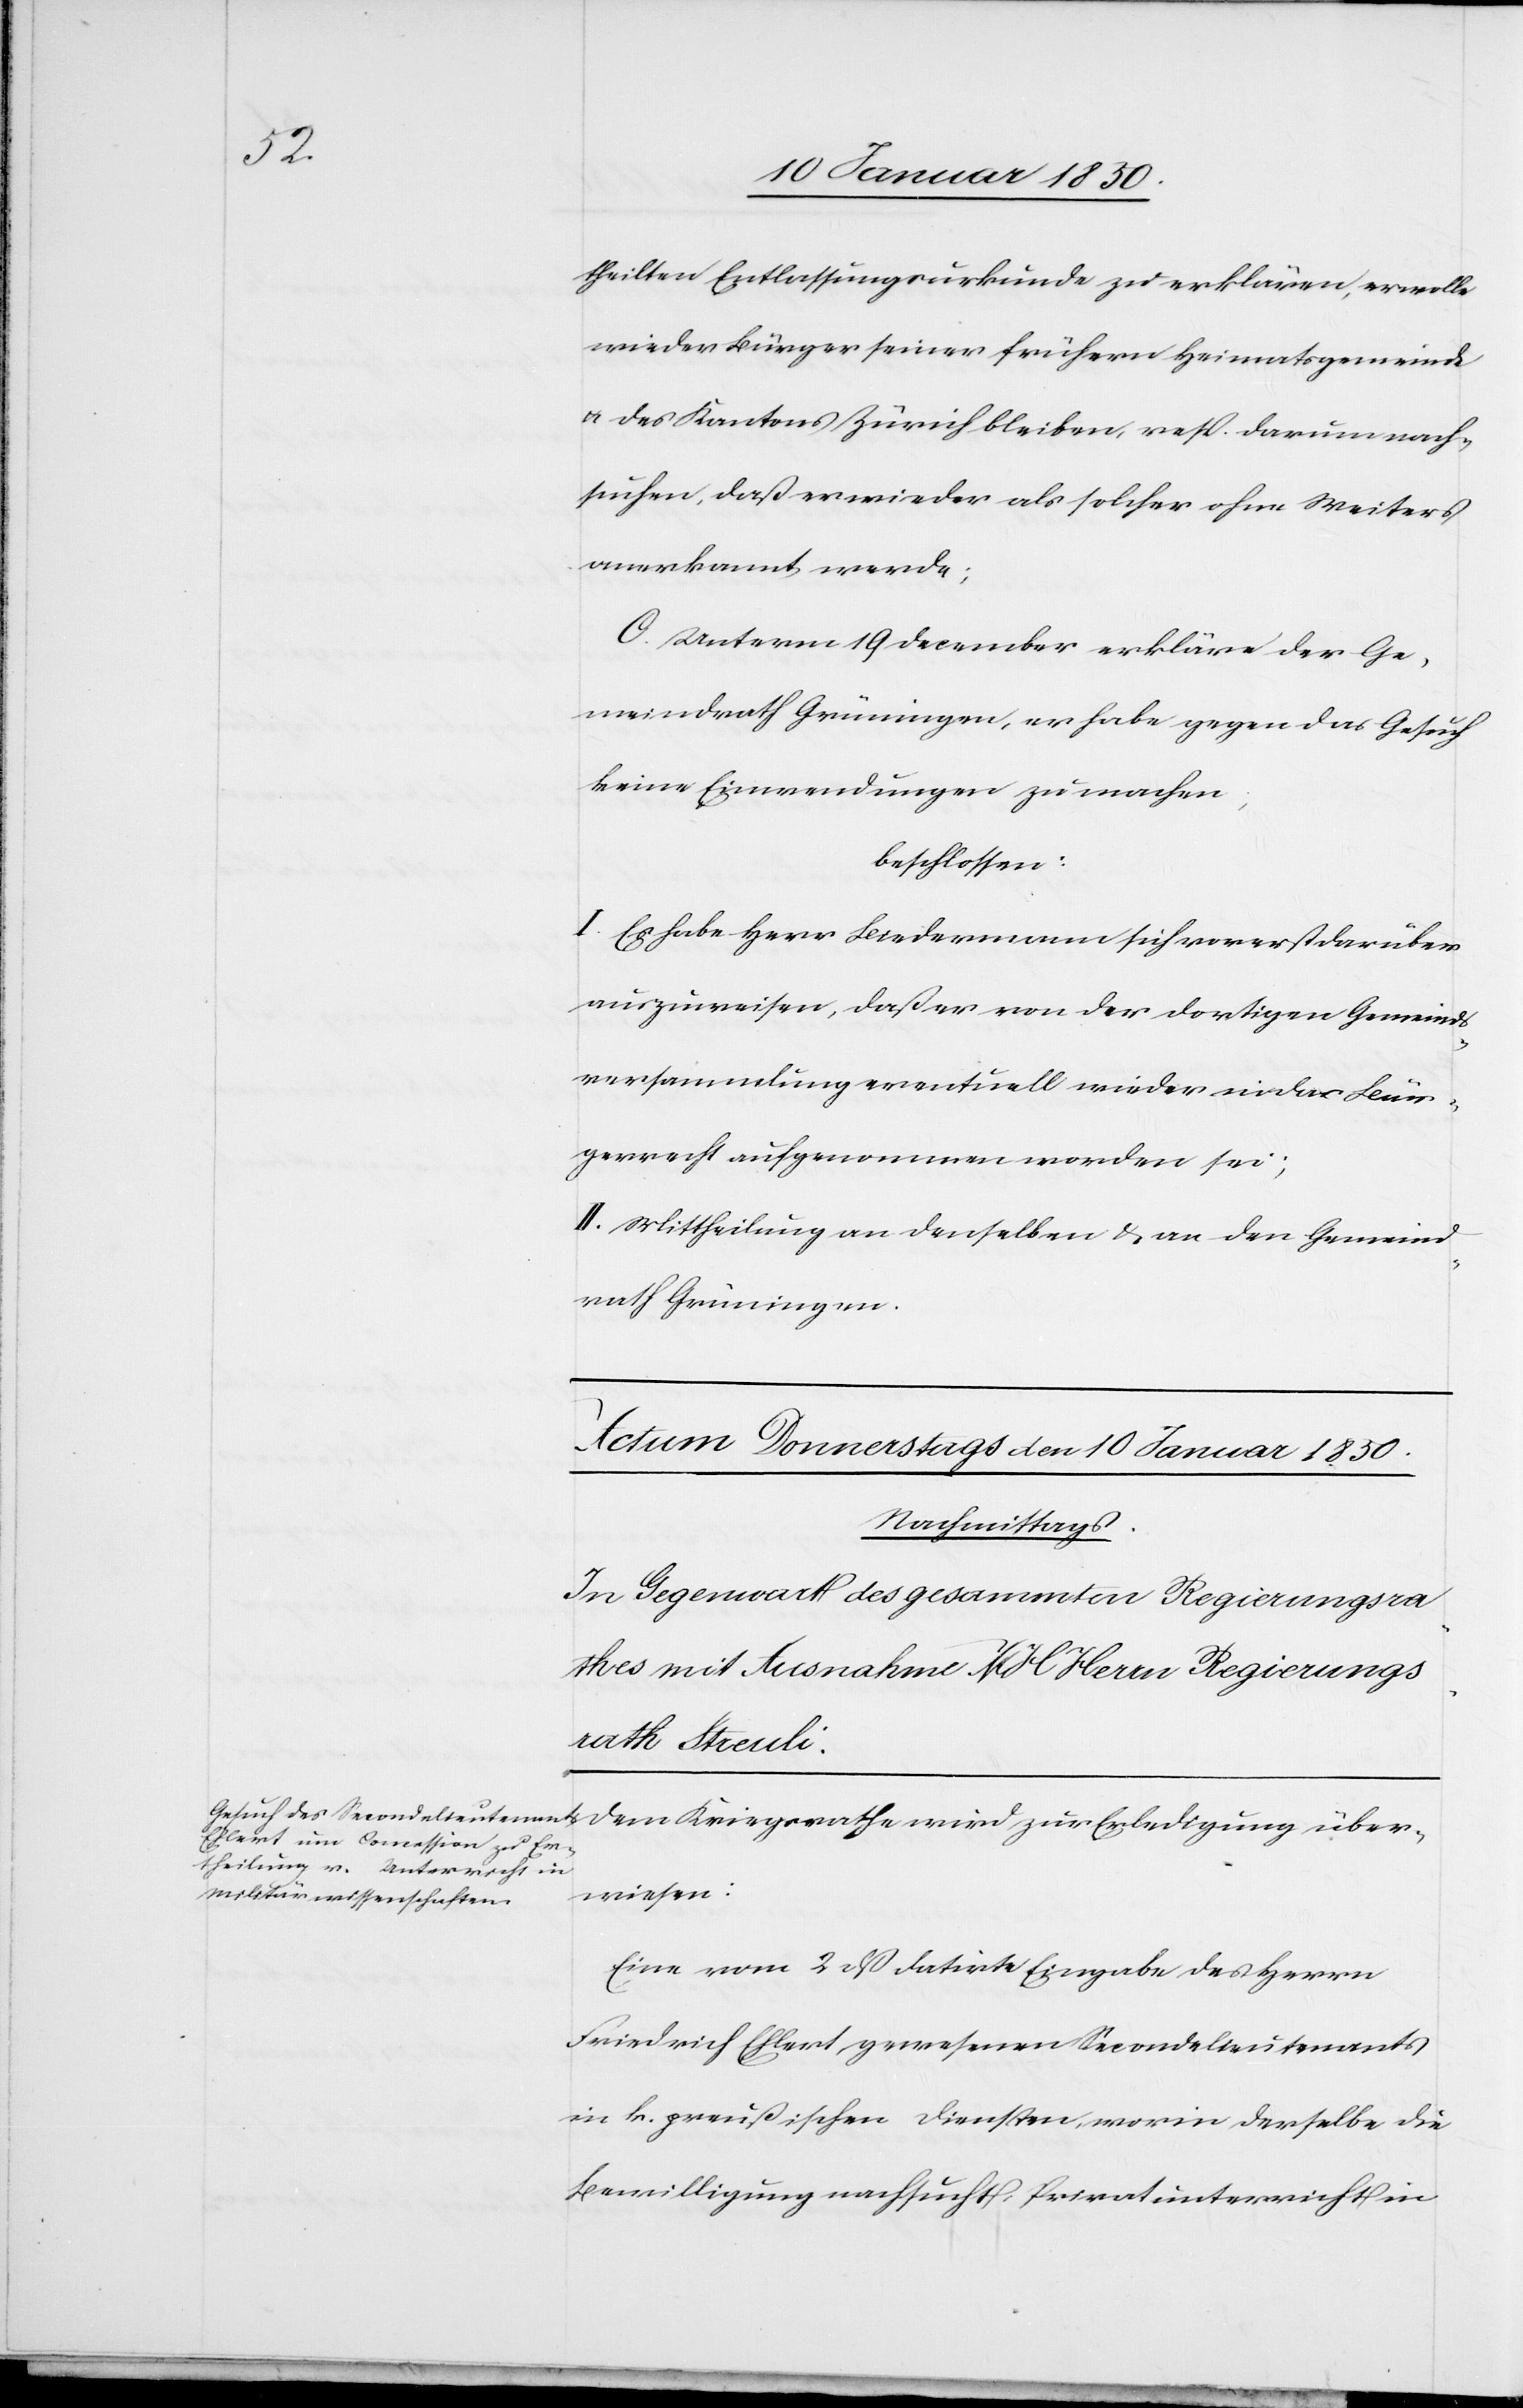
theilten Entlassungsurkunde zu erklären, er wolle
wieder Bürger seiner frühern Heimatsgemeinde
u. des Kantons Zürich bleiben, resp. darum nach¬
suchen, daß er wieder als solcher ohne Weiters
anerkannt werde;
C. Unterm 19 December erkläre der Ge¬
meindrath Grüningen, er habe gegen das Gesuch
keine Einwendungen zu machen,
beschlossen:
I. Es habe Herr Biedermann sich vorerst darüber
auszuweisen, daß er von der dortigen Gemeinds¬
versammlung eventuell wieder in das Bür¬
gerrecht aufgenommen worden sei;
II. Mittheilung an denselben u. an den Gemeind¬
rath Grüningen.
Eine vom 2 dß datirte Eingabe des Herrn
Friedrich Ehlert gewesenen Secondelieutenants
in k. preußischen Diensten, worin derselbe die
Bewilligung nachsucht, Privatunterricht in